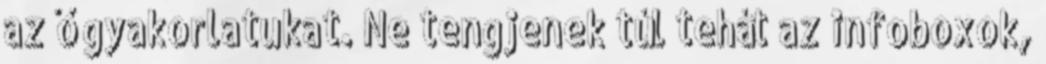
az ő gyakorlatukat. Ne tengjenek túl tehát az infoboxok,